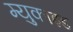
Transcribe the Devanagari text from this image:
म्युकाइड